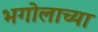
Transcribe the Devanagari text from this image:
भगोलाच्या